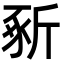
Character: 𣂡